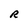
Character: R